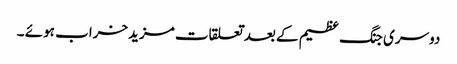
دوسری جنگ عظیم کے بعد تعلقات مزیدخراب ہوئے ۔